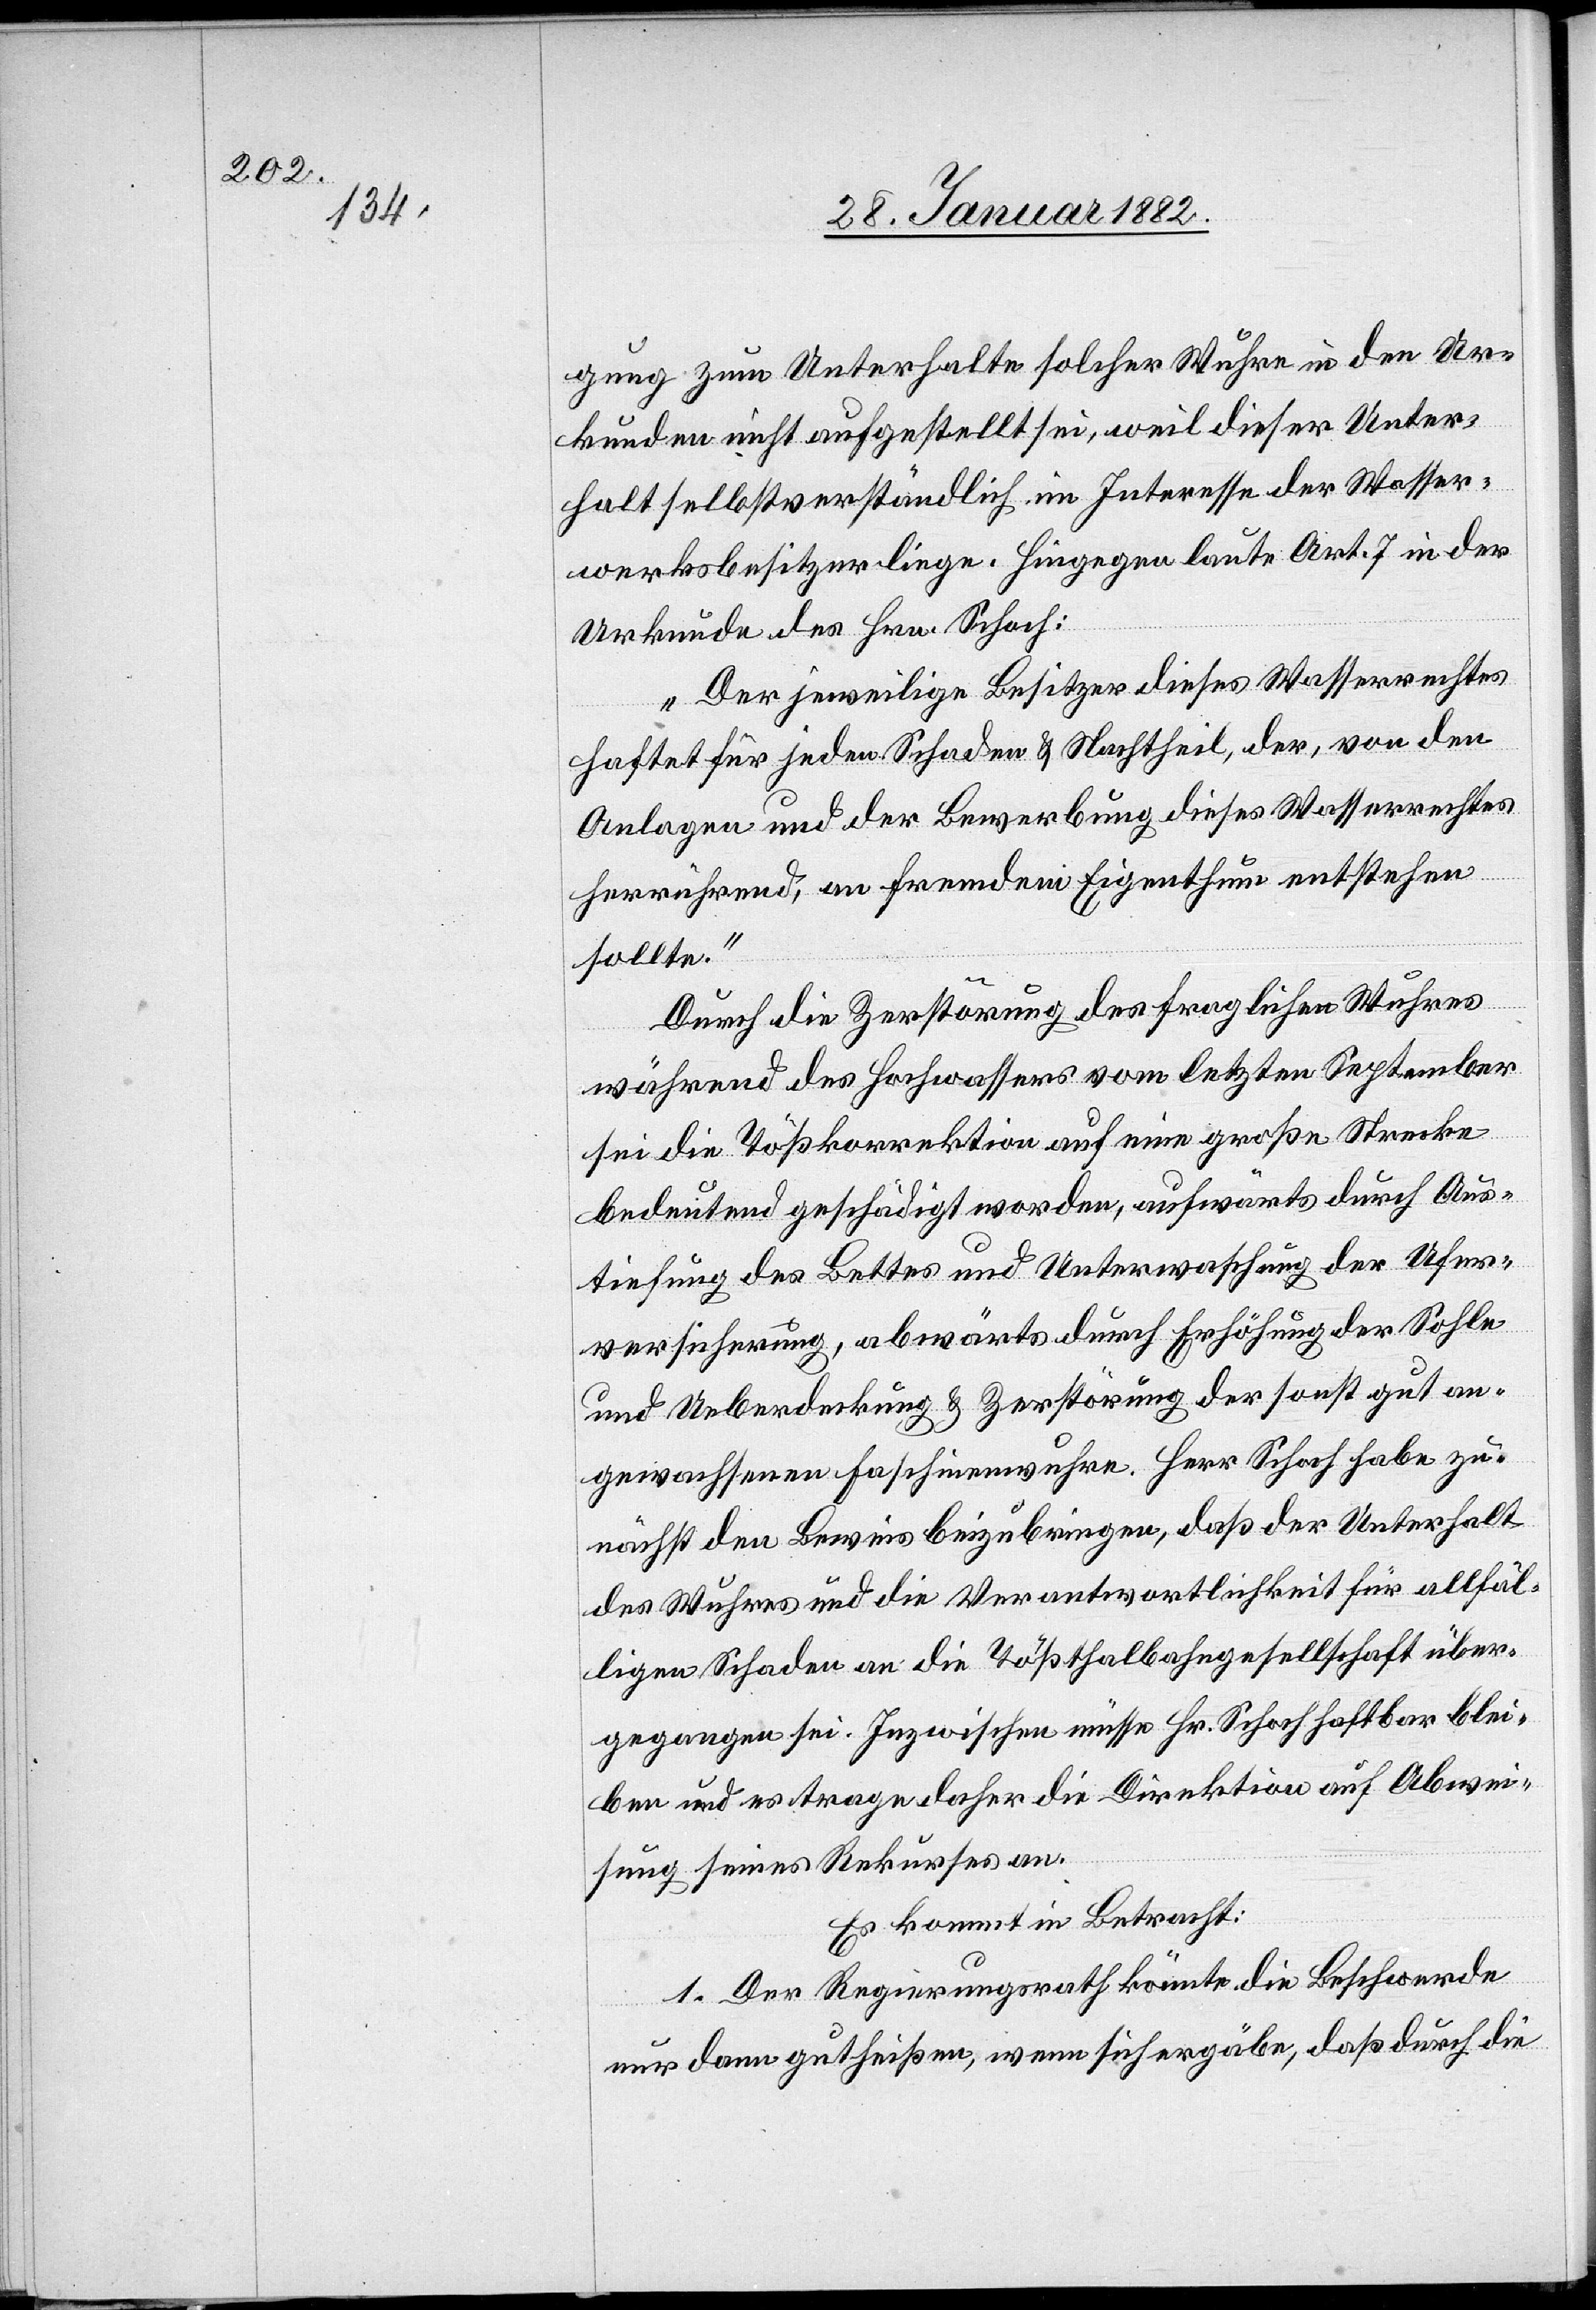
ung zum Unterhalte solcher Wuhre in den Ur¬
kunden nicht aufgestellt sei, weil dieser Unter¬
halt selbstverständlich im Interesse der Wasser¬
werksbesitzer liege. Hingegen laute Art. 7 in der
Urkunde des Hrn. Schoch:
„Der jeweilige Besitzer dieses Wasserrechtes
haftet für jeden Schaden & Nachtheil, der von den
Anlagen und der Bewerbung dieses Wasserrechtes
herrührend, an fremden Eigenthum entstehen
sollte.“
Durch die Zerstörung des fraglichen Wuhres
während des Hochwassers vom letzten September
sei die Tößkorrektion auf eine große Strecke
bedeutend geschädigt worden, aufwärts durch Aus¬
tiefung des Bettes und Unterwaschung der Ufer¬
versicherung, abwärts durch Erhöhung der Sohle
und Ueberdeckung & Zerstörung der sonst gut an¬
gewachsenen Faschinenwuhre. Herr Schoch habe zu¬
nächst den Beweis beizubringen, daß der Unterhalt
des Wuhres und die Verantwortlichkeit für allfäl¬
ligen Schaden an die Tößthalbahngesellschaft über¬
gegangen sei. Inzwischen müsse Hr. Schoch haftbar blei¬
ben und es trage daher die Direktion auf Abwei¬
sung seines Rekurses an.
Es kommt in Betracht:
1. Der Regierungsrath könnte die Beschwerde
nur dann gutheißen, wenn sich ergäbe, daß durch die